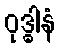
ဝုဒ္ဓါနံ